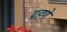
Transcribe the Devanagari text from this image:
ग्रहणे